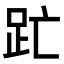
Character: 𮛇